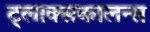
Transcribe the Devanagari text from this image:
ट्लाक्सकालन्स